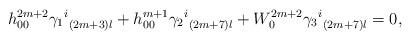
LaTeX: \begin{align*}h_{00}^{2m+2}{{\gamma_1}^i}_{(2m+3)l} + h_{00}^{m+1}{{\gamma_2}^i}_{(2m+7)l} + W_0^{2m+2}{{\gamma_3}^i}_{(2m+7)l} = 0,\end{align*}